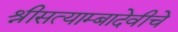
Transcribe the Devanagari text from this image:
श्रीसत्याम्बादेवीचे